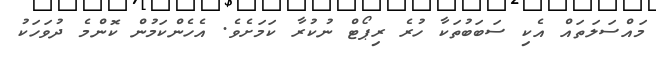
މައްސަލަތައް އެކި ސަބަބުތަކާ ހުރެ ރިޕޯޓް ނުކުރާ ކަމަށެވެ. އެހެންކަމުން ކޮންމެ ދުވަހަކު